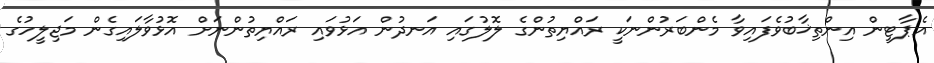
އެޕާޓީން އިންތިޚާބުވެފައިވާ މެންބަރުންނަކީ ރައްޔިތުންގެ ލޮލުގައި އަނދުން އަޅުވައި ރައްޔިތުންނަށް އޮޅުވާލައިގެން މަޖިލީހުގެ